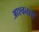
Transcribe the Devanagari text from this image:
आश्वनाथ